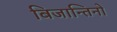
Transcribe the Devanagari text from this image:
बिजान्तिनों